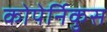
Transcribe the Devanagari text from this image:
कोपेर्निकुस